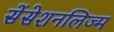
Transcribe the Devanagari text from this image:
सेंसेशनलिज्म